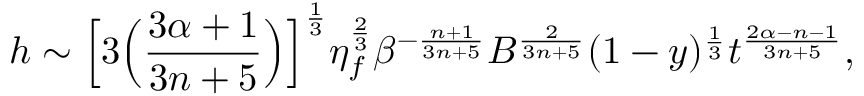
h \sim \Big [ 3 \Big ( \frac { 3 \alpha + 1 } { 3 n + 5 } \Big ) \Big ] ^ { \frac { 1 } { 3 } } \eta _ { f } ^ { \frac { 2 } { 3 } } \beta ^ { - \frac { n + 1 } { 3 n + 5 } } B ^ { \frac { 2 } { 3 n + 5 } } ( 1 - y ) ^ { \frac { 1 } { 3 } } t ^ { \frac { 2 \alpha - n - 1 } { 3 n + 5 } } ,